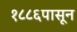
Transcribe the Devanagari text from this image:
१८८६पासून